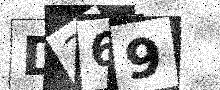
Text: D369